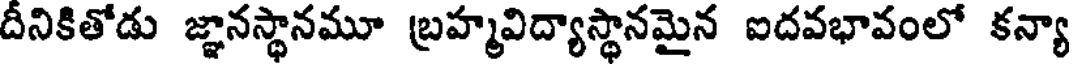
దీనికితోడు జ్ఞానస్థానమూ బ్రహ్మవిద్యాస్థానమైన ఐదవభావంలో కన్యా